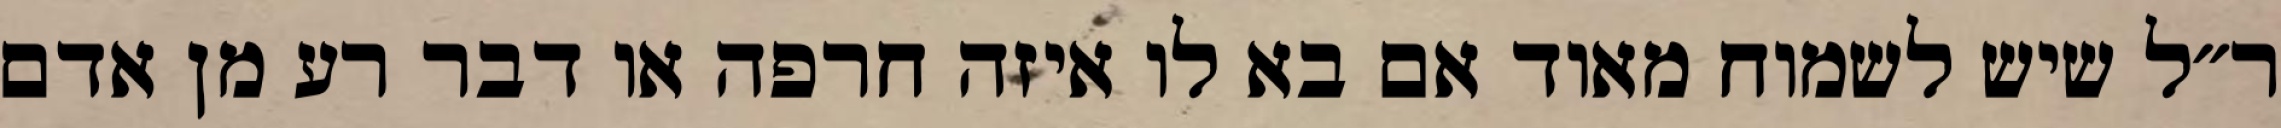
ר״ל שיש לשמוח מאוד אם בא לו איזה חרפה או דבר רע מן אדם